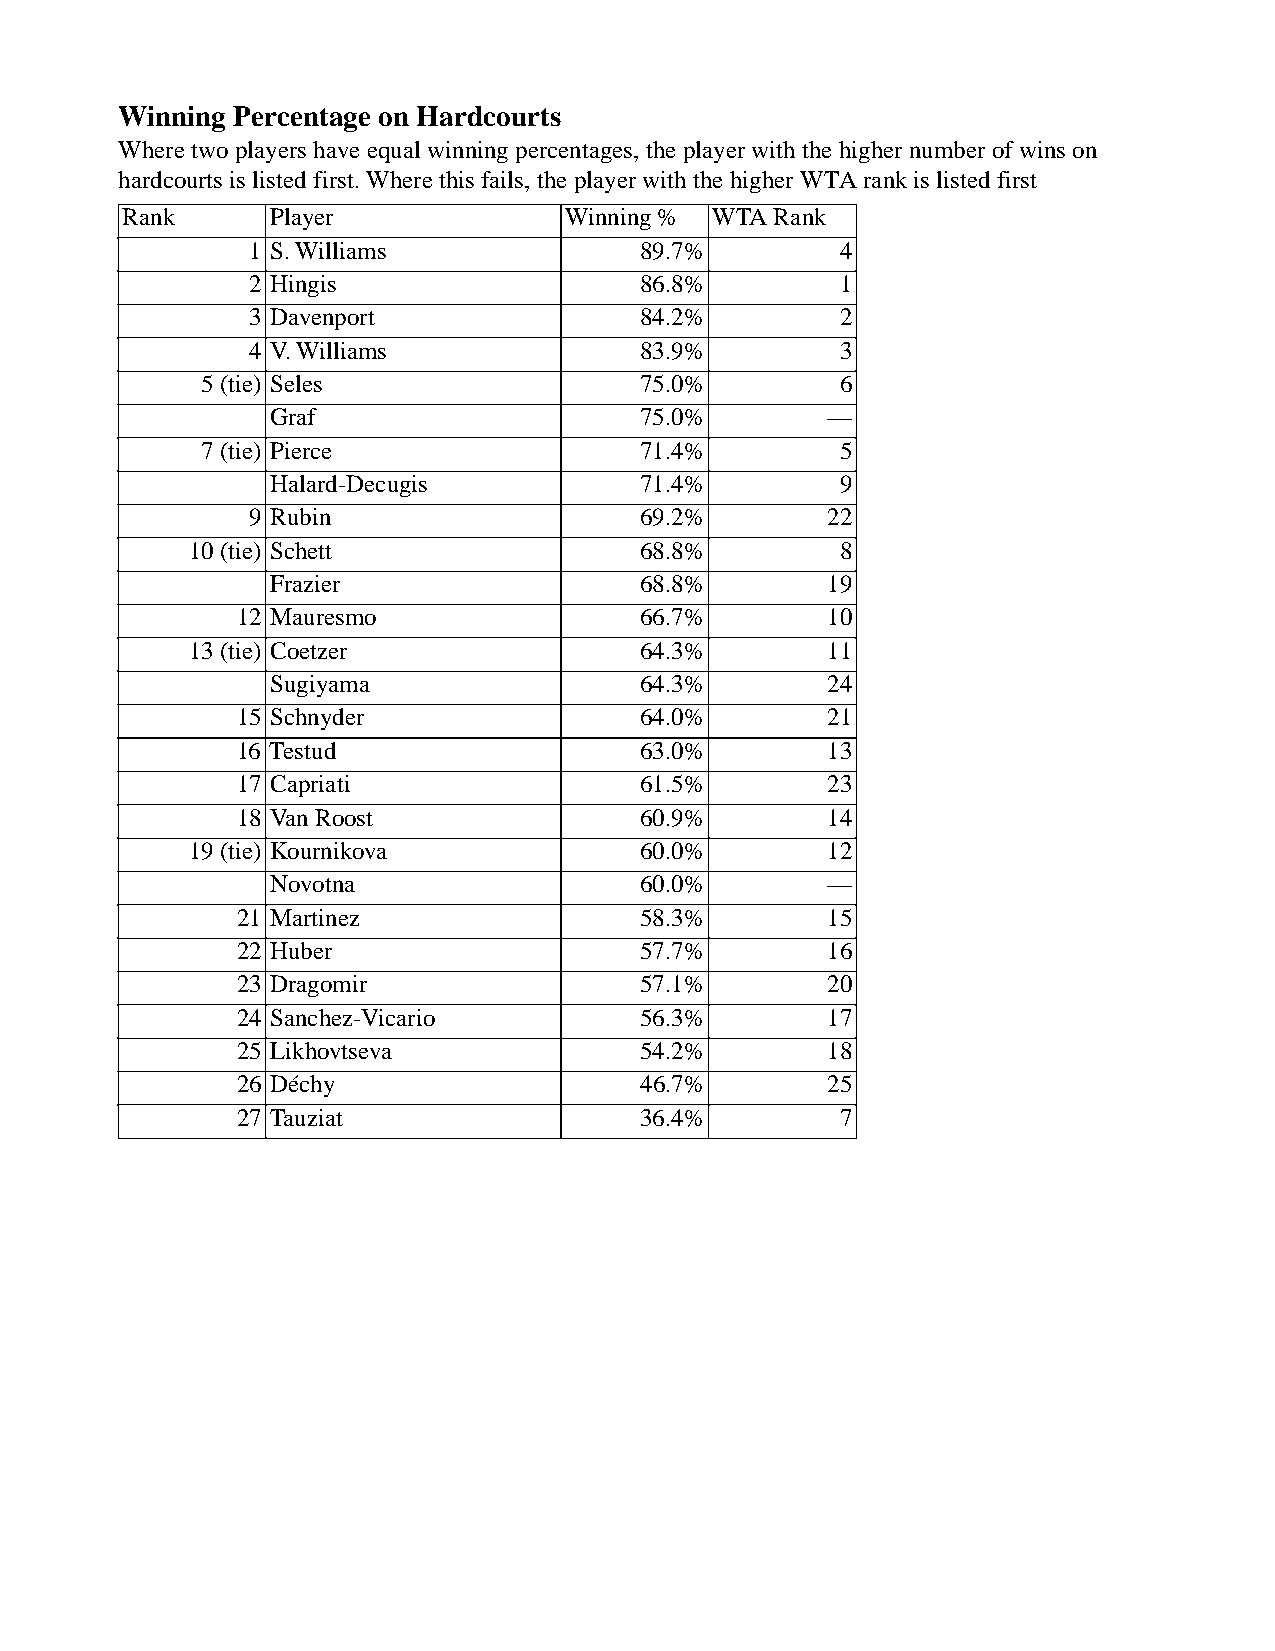
Winning Percentage on Hardcourts
 Where two players have equal winning percentages, the player with the higher number of wins on
 hardcourts is listed first. Where this fails, the player with the higher WTA rank is listed first
 Rank     Player              Winning % WTA Rank
 1 S. Williams             89.7%        4
 2 Hingis                  86.8%        1
 3 Davenport               84.2%        2
 4 V. Williams             83.9%        3
 5 (tie) Seles                75.0%        6
 Graf                     75.0%       —
 7 (tie) Pierce               71.4%        5
 Halard-Decugis           71.4%        9
 9 Rubin                   69.2%       22
 10 (tie) Schett               68.8%        8
 Frazier                  68.8%       19
 12 Mauresmo                66.7%       10
 13 (tie) Coetzer              64.3%       11
 Sugiyama                 64.3%       24
 15 Schnyder                64.0%       21
 16 Testud                  63.0%       13
 17 Capriati                61.5%       23
 18 Van Roost               60.9%       14
 19 (tie) Kournikova           60.0%       12
 Novotna                  60.0%       —
 21 Martinez                58.3%       15
 22 Huber                   57.7%       16
 23 Dragomir                57.1%       20
 24 Sanchez-Vicario         56.3%       17
 25 Likhovtseva             54.2%       18
 26 Déchy                   46.7%       25
 27 Tauziat                 36.4%        7